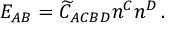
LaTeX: { \cal E } _ { A B } = \widetilde { C } _ { A C B D } n ^ { C } n ^ { D } \, .